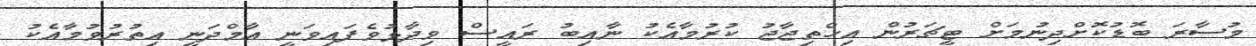
މުސާރަ ބޮޑުކޮށްދިނުމަށް ޓީޗަރުން އިހްތިޖާޖު ކުރުމާއެކު ނާއިބު ރައީސް ވިދާޅުވެފައިވަނީ އާމްދަނީ އިތުރުވުމާއެކު